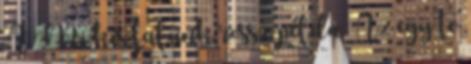
A Mi kis falunk rossz példa. Az egy tv